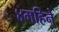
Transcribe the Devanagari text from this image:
४महिने